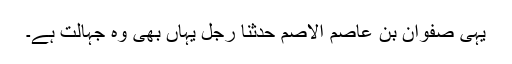
یہی صفوان بن عاصم الاصم حدثنا رجل یہاں بھی وہ جہالت ہے۔